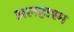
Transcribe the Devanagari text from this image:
अलहाश्म